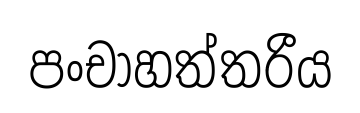
පංචාහත්තරීය